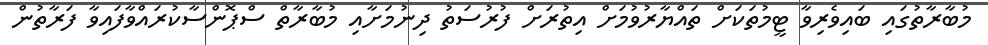
މުބާރާތުގައި ބައިވެރިވާ ޓީމުތަކަށް ތައްޔާރުވުމަށް އިތުރަށް ފުރުސަތު ދިނުމަށާއި މުބާރާތް ސްޕޮންސާކުރައްވާފައިވާ ފަރާތުން